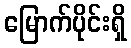
မြောက်ပိုင်းရှိ